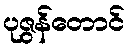
ပုဇွန်တောင်